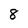
Character: 8